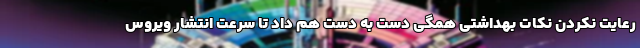
رعایت نکردن نکات بهداشتی همگی دست به دست هم داد تا سرعت انتشار ویروس